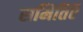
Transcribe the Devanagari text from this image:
समितिऍ